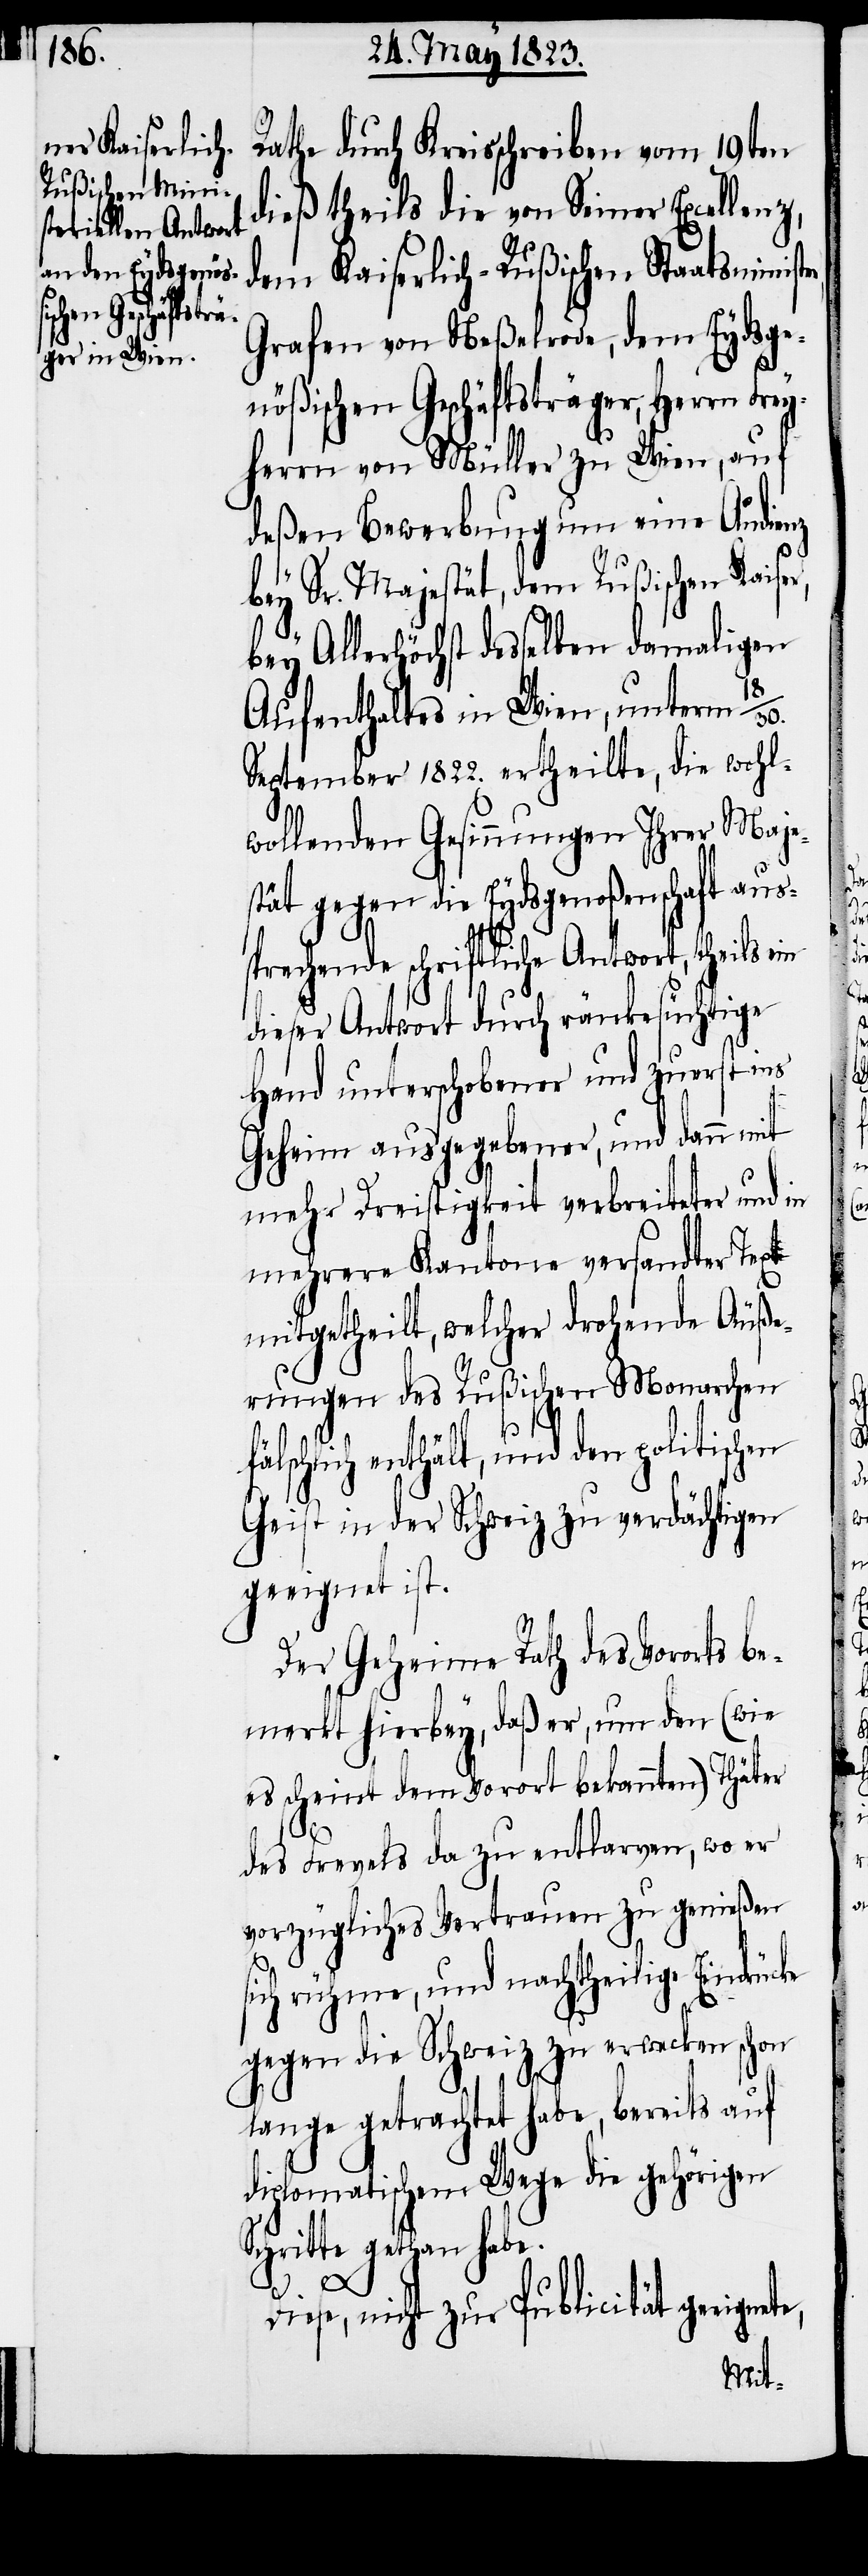
Rathe durch Kreisschreiben vom 19ten
dieß theils die von Seiner Excellenz,
dem Kaiserlich-Rußischen Staatsministe¬
Grafen von Neßelrode, dem Eydsge¬
nößischen Geschäftsträger, Herrn Frey¬
herrn von Müller zu Wien, auf
deßen Bewerbung um eine Audienz
ke
bey Sr. Majestät, dem Rußischen Kaiser,
bey Allerhöchst desselben damaligen
Aufenthaltes in Wien, unterm 18/30.
September 1822. ertheilte, die wohl¬
wollenden Gesinnungen Ihrer Maje¬
stät gegen die Eydsgenoßenschaft aus¬
sprechende schriftliche Antwort, theils ein
dieser Antwort durch ränkesüchtige
Hand unterschobener und zuerst ins
Geheim ausgegebener, und dann mit
mehr Dreistigkeit verbreiteter und in
mehrere Kantone versandter Text
mitgeteheilt, welcher drohende Äuße¬
rungen des Rußischen Monarchen
schlich enthält, und den politisch¬
Geist in der Schweiz zu verdächtigen
geeignet ist.
Der Geheime Rath des Vororts be¬
merkt hierbey, daß er, um den (wie
es scheint dem Vorort bekannten) Thäter
des Frevels da zu entlarven, wo er
vorzügliches Vertrauen zu genießen
sich rühme, und nachtheilige Eindrüc¬
gegen die Schweiz zu erwecken schon
lange getrachtet habe, bereits auf
diplomatischem Wege die gehörigen
Schritte gethan habe.
Diese, nicht zur Publicität geeignete,
fäl¬